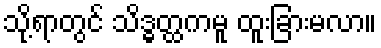
သို့ရာတွင် သိဒ္ဓတ္ထကမူ ထူးခြားမလာ။